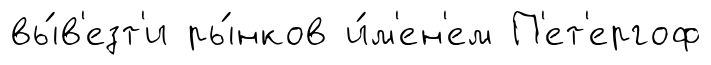
вы́в'езт'и ры́нков и́м'ен'ем П'ет'ергоф